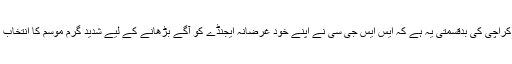
اہل کراچی کی بدقسمتی یہ ہے کہ ایس ایس جی سی نے اپنے خود غرضانہ ایجنڈے کو آگے بڑھانے کے لیے شدید گرم موسم کا انتخاب کیا۔